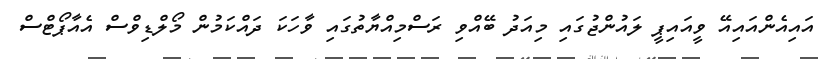
އައިއެންއައިއޭ ވީއައިޕީ ލައުންޖުގައި މިއަދު ބޭއްވި ރަސްމިއްޔާތުގައި ވާހަކަ ދައްކަމުން މޯލްޑިވްސް އެއާޕޯޓްސް